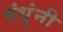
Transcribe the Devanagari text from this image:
बंधुंनी